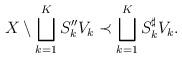
LaTeX: \begin{align*}X\setminus \bigsqcup_{k=1}^K S_k'' V_k \prec \bigsqcup_{k=1}^K S_k^\sharp V_k .\end{align*}